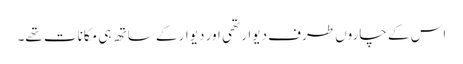
اس کے چاروں طرف دیوار تھی اور دیوار کے ساتھ ہی مکانات تھے۔